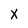
Character: X